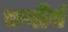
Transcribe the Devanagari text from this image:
कवीनं